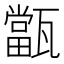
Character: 㽆